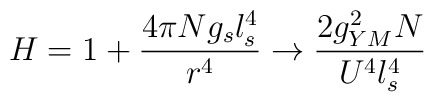
H = 1 + \frac{4\pi N g_s l_s^4}{r^4} \rightarrow \frac{2g_{YM}^2 N}{U^4l_s^4}